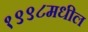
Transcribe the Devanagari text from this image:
१९९८मधील